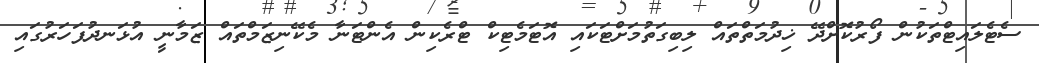
ސެޓެލައިޓްތަކުން ފޯރުކޮށްދޭ ޚިދުމަތްތައް ލިބިގަތުމަށްޓަކައި އޮޓަމެޓިކް ޓްރެކިން އެންޓަނާ މެކޭނިޒަމްތައް ޒަމާނީ އުޅަނދުފަހަރުގައި